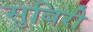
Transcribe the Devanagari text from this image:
सुबिरी